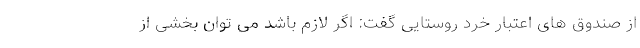
از صندوق های اعتبار خرد روستایی گفت: اگر لازم باشد می توان بخشی از